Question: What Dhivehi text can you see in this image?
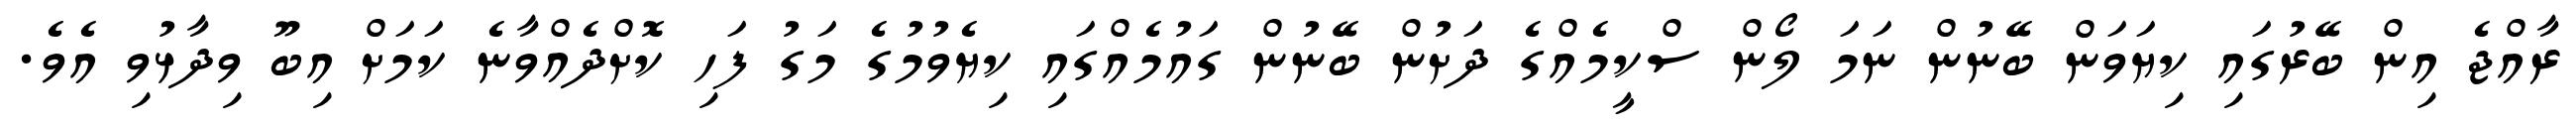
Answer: ރާއްޖެ އިން ބޭރުގައި ކިޔަވަން ބޭނުން ނަމަ ލޯން ސްކީމެއްގެ ދަށުން ބޭނުން ގައުމެއްގައި ކިޔެވުމުގެ މަގު ފަހި ކޮށްދެއްވާނެ ކަމަށް އިބޫ ވިދާޅުވި އެވެ.